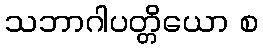
သဘာဂါပတ္တိယော စ